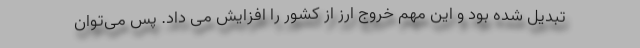
تبدیل شده بود و این مهم خروج ارز از کشور را افزایش می داد. پس می‌توان